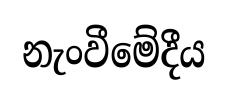
නැංවීමේදීය